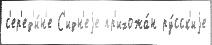
с'ер'ед'и́н'е С'идн'еjе пр'ихожа́н ру́сск'иjе